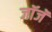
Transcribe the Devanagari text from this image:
जॉजॅ